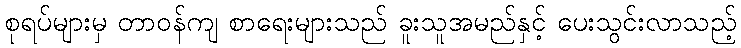
စုရပ်များမှ တာဝန်ကျ စာရေးများသည် ခူးသူအမည်နှင့် ပေးသွင်းလာသည့်